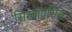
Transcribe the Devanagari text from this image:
सिम्बॉएसिस